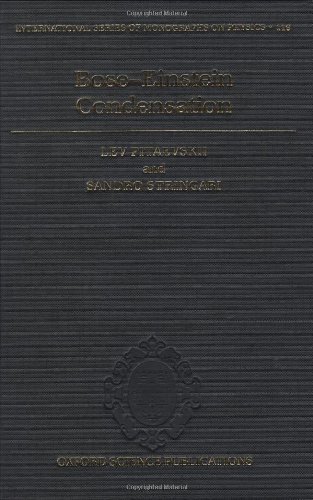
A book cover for Bose-Einstein Condensation (International Series of Monographs on Physics); L. Pitaevskii; Science & Math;